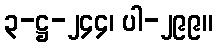
၃-ဋ္ဌ-၂၄၄၊ ပါ-၂၉၉။